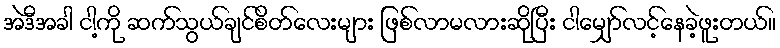
အဲဒီအခါ ငါ့ကို ဆက်သွယ်ချင်စိတ်လေးများ ဖြစ်လာမလားဆိုပြီး ငါမျှော်လင့်နေခဲ့ဖူးတယ်။